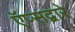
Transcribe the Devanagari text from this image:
ऍप्सद्वारे